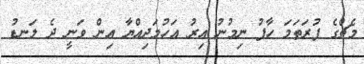
މެޗްގެ ފުރަތަމަ ހާފު ނިމުނު އިރު އަހުމަދިއްޔާ އިން ވަނީ ދެ ލަނޑު